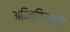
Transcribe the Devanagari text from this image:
अविच्छिन्नरूप